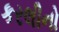
કરલીનો